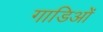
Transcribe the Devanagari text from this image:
गाडिओं